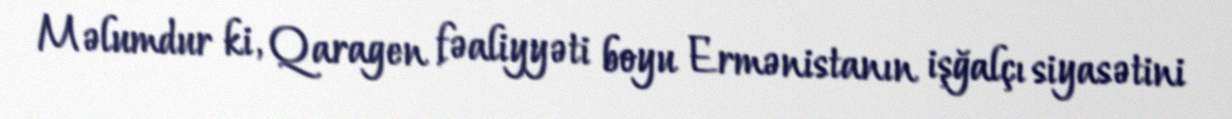
Məlumdur ki, Qaragen fəaliyyəti boyu Ermənistanın işğalçı siyasətini